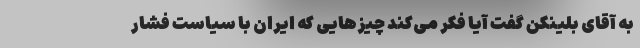
به آقای بلینکن گفت آیا فکر می‌کند چیزهایی که ایران با سیاست فشار